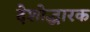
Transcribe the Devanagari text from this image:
देशोद्धारक